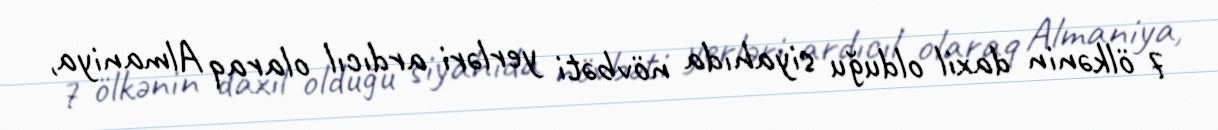
7 ölkənin daxil olduğu siyahıda növbəti yerləri ardıcıl olaraq Almaniya,